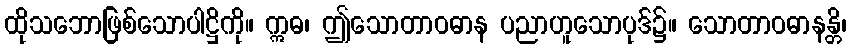
ထိုသဘောဖြစ်သောပါဋ္ဌိကို။ ဣဓ၊ ဤသောတာဝဓာန ပညာဟူသောပုဒ်၌။ သောတာဝဓာနန္တိ၊